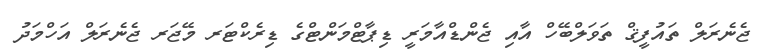
ޖެނެރަލް ތައުފީޤް ތަވަލްބޭހް އާއި ޖެންޑްއާމަރީ ޑިޕާޓްމަންޓްގެ ޑިރެކްޓަރ މޭޖަރ ޖެނެރަލް އަހްމަދު